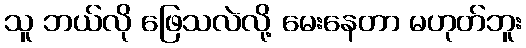
သူ ဘယ်လို ဖြေသလဲလို့ မေးနေတာ မဟုတ်ဘူး